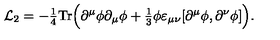
{ \cal L } _ { 2 } = - { \textstyle \frac 1 4 } \mathrm { T r } \Bigl ( \partial ^ { \mu } \phi \partial _ { \mu } \phi + { \textstyle \frac 1 3 } \phi \varepsilon _ { \mu \nu } [ \partial ^ { \mu } \phi , \partial ^ { \nu } \phi ] \Bigr ) .